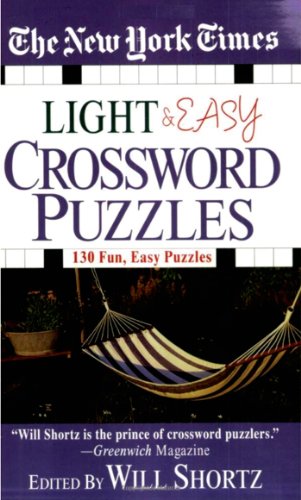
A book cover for The New York Times Light and Easy Crossword Puzzles; The New York Times; Humor & Entertainment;